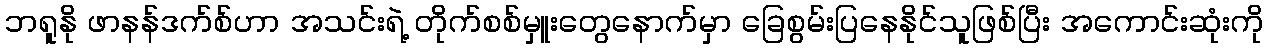
ဘရူနို ဖာနန်ဒက်စ်ဟာ အသင်းရဲ့ တိုက်စစ်မှူးတွေနောက်မှာ ခြေစွမ်းပြနေနိုင်သူဖြစ်ပြီး အကောင်းဆုံးကို